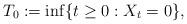
LaTeX: \begin{align*}T_0:=\inf\{t\geq 0: X_t=0\},\end{align*}